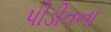
પીડીતના